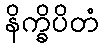
နိက္ခိပိတံ